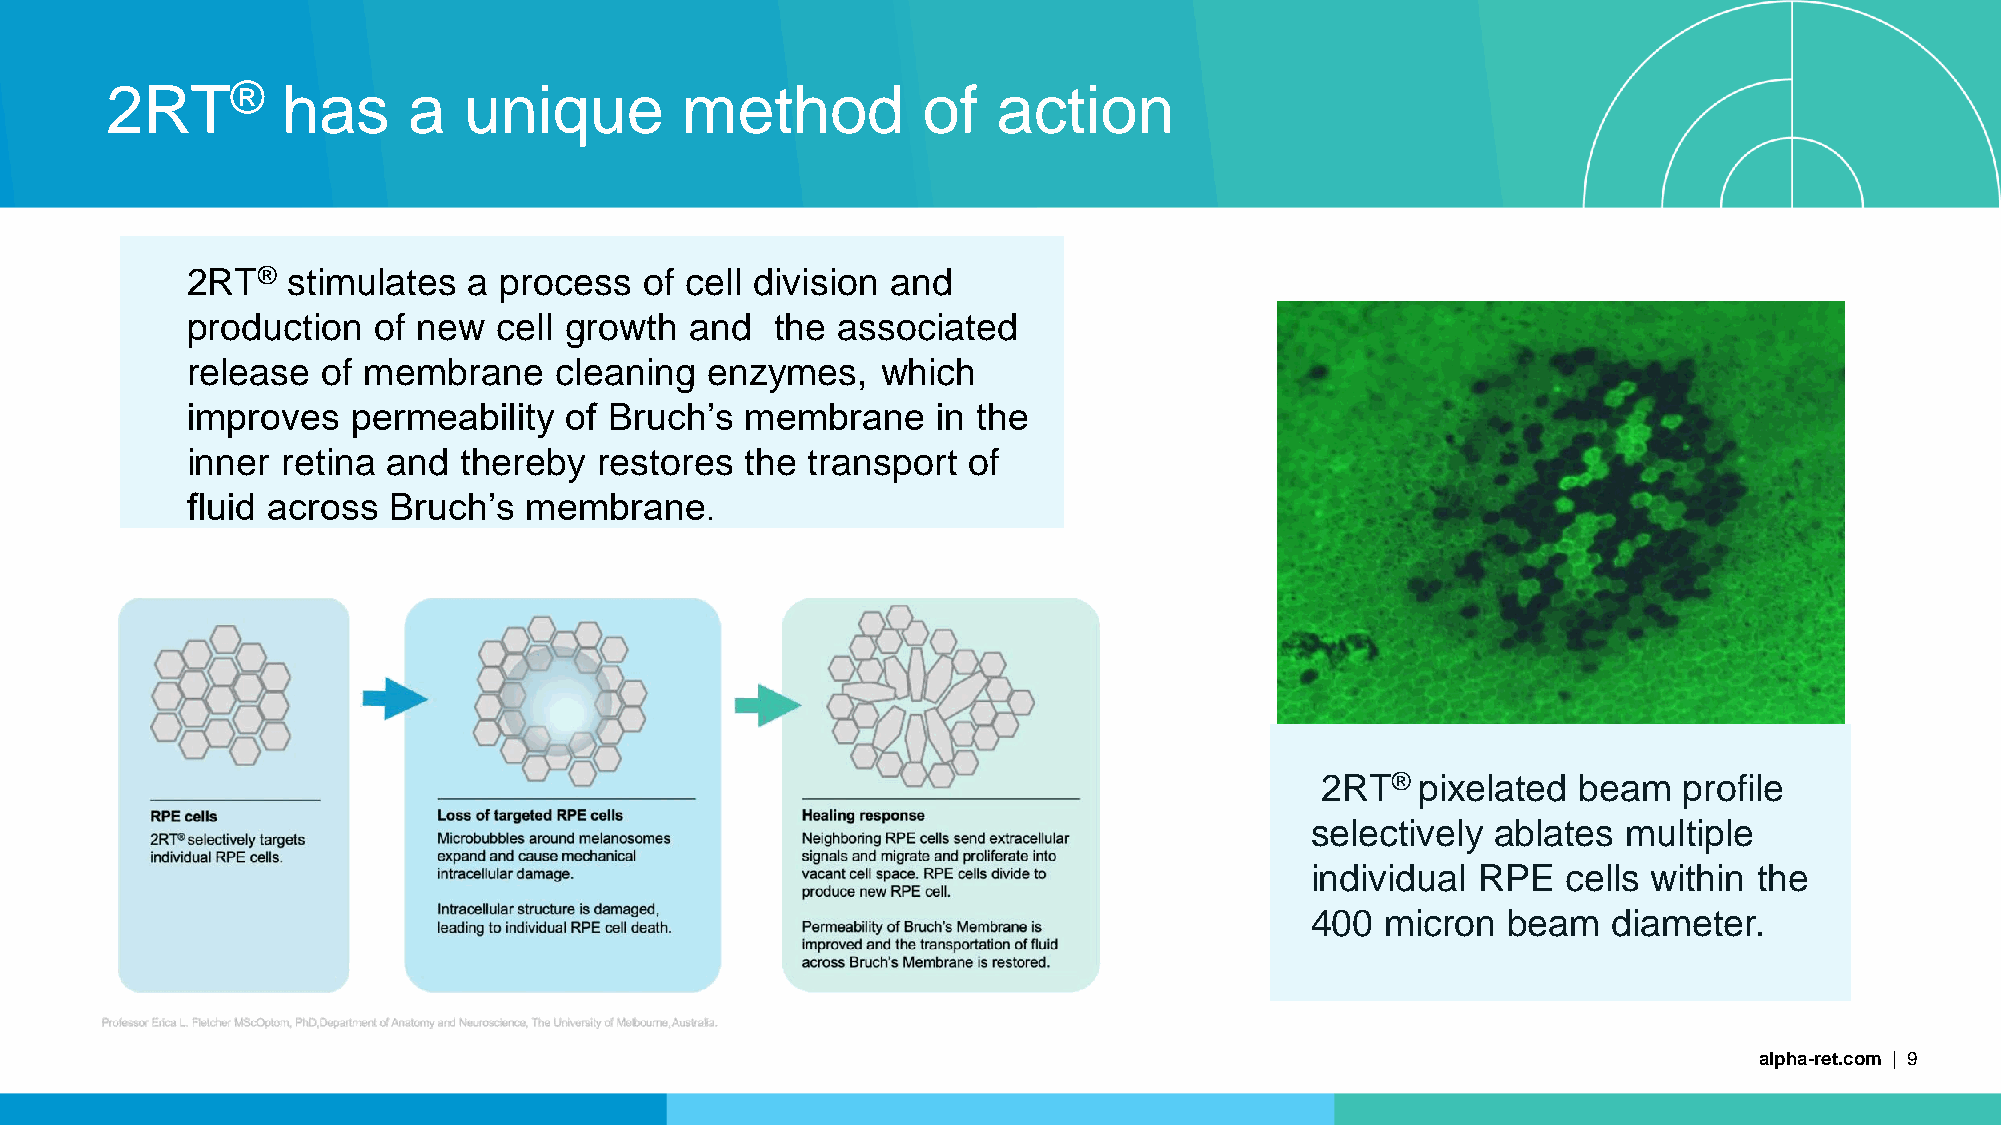
2RT®        has     a   unique        method          of   action
 2RT®   stimulates  a process   of cell division and
 production   of new  cell growth  and  the associated
 release  of membrane     cleaning  enzymes,   which
 improves   permeability  of Bruch’s  membrane     in the
 inner  retina and thereby   restores the transport  of
 fluid across  Bruch’s  membrane
 .
 2RT®   pixelated beam   profile
 selectively ablates  multiple
 individual RPE   cells within the
 400  micron  beam   diameter.
 alpha-ret.com | 9